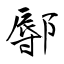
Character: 鄏